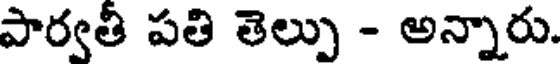
పార్వతీ పతి తెల్పు - అన్నారు.